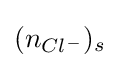
(n_{Cl^{-}})_{s}